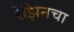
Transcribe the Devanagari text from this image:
रेझिनचा